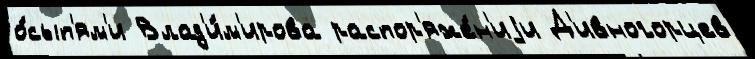
о́сып'ям'и Влад'и́м'ирова распор'яже́н'иjи Д'ивногорцев